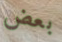
بعض